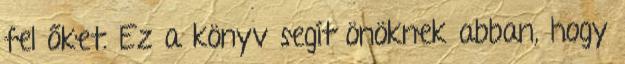
fel őket. Ez a könyv segít önöknek abban, hogy